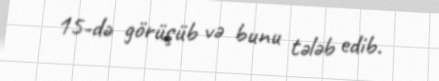
15-də görüşüb və bunu tələb edib.